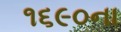
૧૬૯૦ના